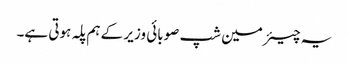
یہ چیئرمین شپ صوبائی وزیر کے ہم پلہ ہوتی ہے۔